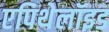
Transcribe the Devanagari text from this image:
एपिथेलॉइड